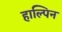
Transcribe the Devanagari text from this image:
हाल्पिन